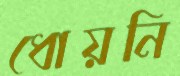
ধোয়নি